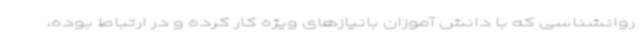
روانشناسی که با دانش آموزان بانیازهای ویژه کار کرده و در ارتباط بوده،